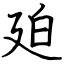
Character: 廹